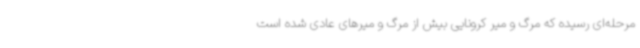
مرحله‌ای رسیده که مرگ و میر کرونایی بیش از مرگ و میرهای عادی شده است